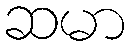
ဆမာ